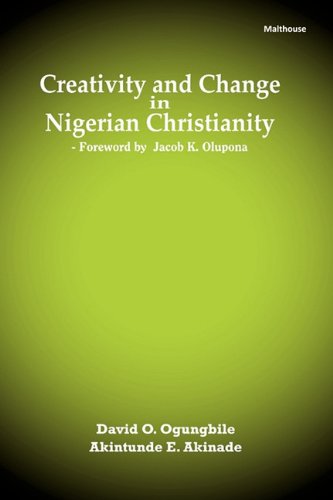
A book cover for Creativity and Change in Nigerian Christianity; History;